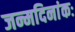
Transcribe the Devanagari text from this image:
जन्मदिनांकः